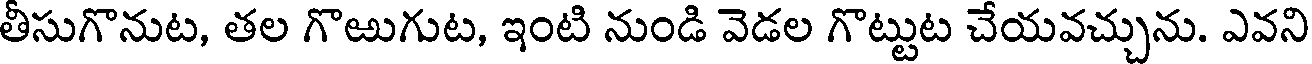
తీసుగొనుట, తల గొఱుగుట, ఇంటి నుండి వెడల గొట్టుట చేయవచ్చును. ఎవని